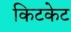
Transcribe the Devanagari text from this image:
किटकेट